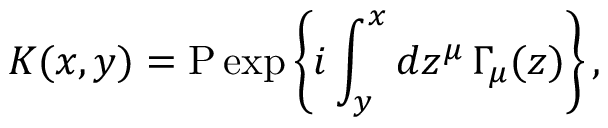
K ( x , y ) = \mathrm { P } \exp \left\{ i \int _ { y } ^ { x } d z ^ { \mu } \, \Gamma _ { \mu } ( z ) \right\} ,